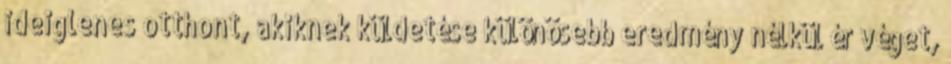
ideiglenes otthont, akiknek küldetése különösebb eredmény nélkül ér véget,